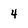
Character: 4